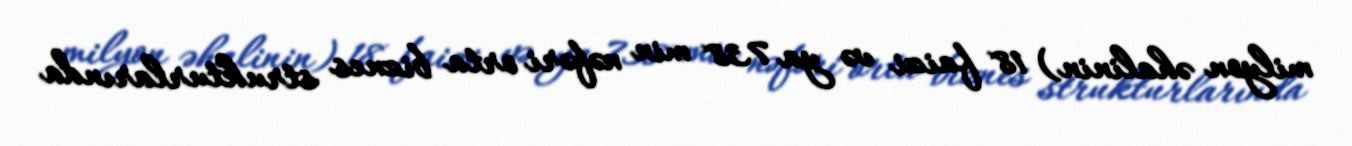
milyon əhalinin) 18 faizi və ya 738 min nəfəri orta biznes strukturlarında